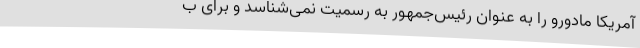
آمریکا مادورو را به عنوان رئیس‌جمهور به رسمیت نمی‌‌شناسد و برای ب